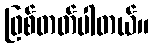
ဖြစ်တတ်ပါတယ်။